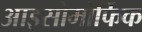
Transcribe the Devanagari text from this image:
आइसोमोर्फिक